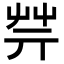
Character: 𦬟